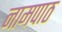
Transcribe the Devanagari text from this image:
नामपाठ